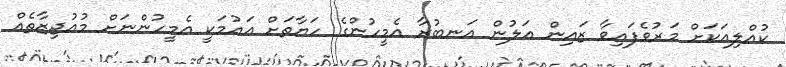
ކުއްލިއަކަށް މަރުވެފައިވާ ޒައިން އަލުން އަނބުރާ އެމީހުންގެ ހަޔާތަށް އައުމަކީ އެމީހުންނަށް މުޢުޖިޒާތެއް